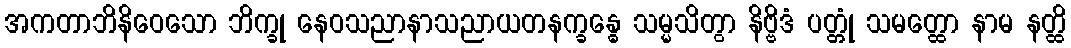
အကတာဘိနိဝေသော ဘိက္ခု နေဝသညာနာသညာယတနက္ခန္ဓေ သမ္မသိတွာ နိဗ္ဗိဒံ ပတ္တုံ သမတ္ထော နာမ နတ္ထိ